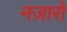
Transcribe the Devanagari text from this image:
नज़ारो